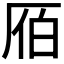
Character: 𠩡